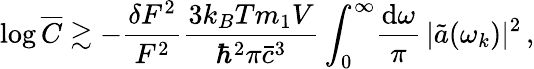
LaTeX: \log\overline{{C}}\gtrsim-\frac{\delta F^{2}}{F^{2}}\frac{3k_{B}Tm_{1}V}{\hbar^{2}\pi\bar{c}^{3}}\int_{0}^{\infty}\! \frac{\mathrm{d}\omega}{\pi}\, \vert\tilde{a}(\omega_{k})\vert^{2}\, ,